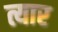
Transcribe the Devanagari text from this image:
त्यार